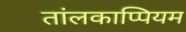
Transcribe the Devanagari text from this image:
तांलकाप्पियम